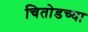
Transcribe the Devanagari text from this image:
चितोडच्या